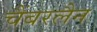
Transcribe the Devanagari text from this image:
चैंबरलैन